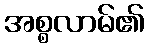
အစ္စလာမ်၏